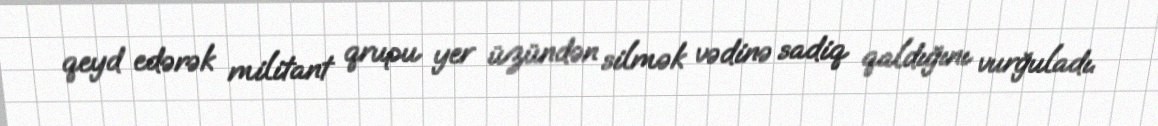
qeyd edərək militant qrupu yer üzündən silmək vədinə sadiq qaldığını vurğuladı.